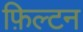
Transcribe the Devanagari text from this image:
फ़िल्टन